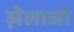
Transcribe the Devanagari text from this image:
ज़ेलाजो